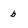
Character: b